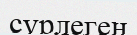
сүрлеген